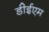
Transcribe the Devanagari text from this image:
डीईएम